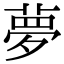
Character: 夢